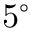
5 ^ { \circ }